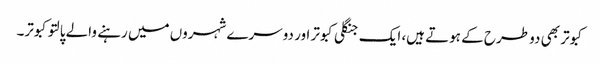
کبوتر بھی دو طرح کے ہوتے ہیں، ایک جنگلی کبوتر اور دوسرے شہروں میں رہنے والے پالتو کبوتر۔